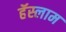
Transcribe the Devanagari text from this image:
हॅस्लाम